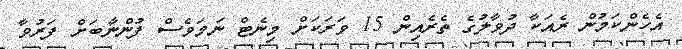
އެހެންކަމުން ރެއަކާ ދުވާލުގެ ތެރެއިން 15 ވަރަކަށް މިނެޓް ނަމަވެސް ފުންނާބަށް ފަރުވާ